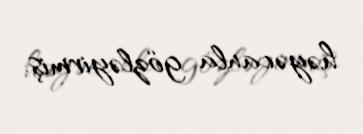
həyəcanla gözləyirmiş.